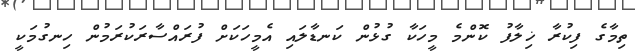
ތިމާގެ ފިކުރާ ޚިލާފު ކޮންމެ މީހަކާ ގުޅުން ކަނޑާލައި އެމީހަކަށް ފުރައްސާރަކުރަމުން ހިނގުމަކީ